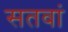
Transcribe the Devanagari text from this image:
सतवां